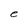
Character: e